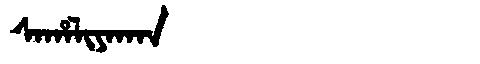
Manchu: ᠰᠠᡥᠠᠯᡳᠶᠠᡴᠠᠨ
Romanization: SAHALIYAKAN